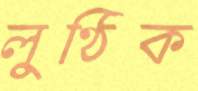
লুণ্ঠিক